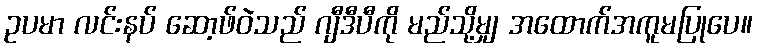
ဥပမာ လင်းနပ် ဆော့ဖ်ဝဲသည် ဂျီဒီပီကို မည်သို့မျှ အထောက်အကူမပြုပေ။